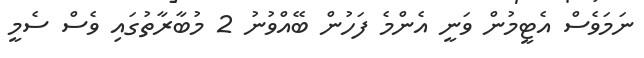
ނަމަވެސް އެޓީމުން ވަނީ އެންމެ ފަހުން ބޭއްވުނު 2 މުބާރާތުގަައި ވެސް ސެމީ